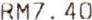
RM7.40